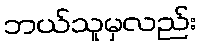
ဘယ်သူမှလည်း